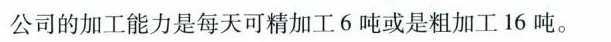
公司的加工能力是每天可精加工6吨或是粗加工16吨。